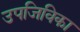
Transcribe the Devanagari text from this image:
उपजिविका